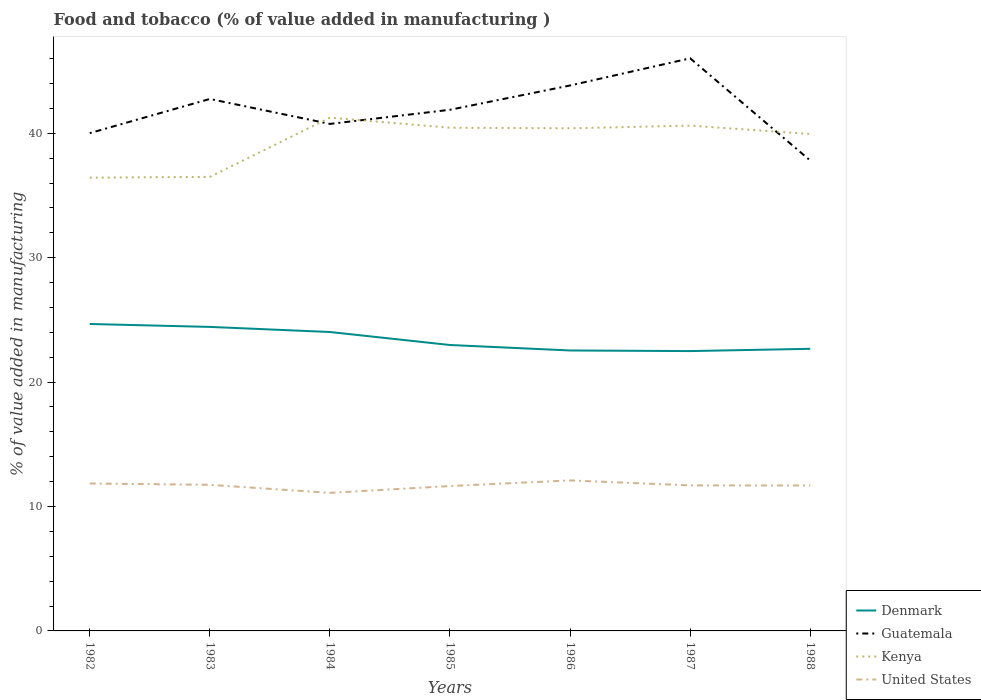
| Years | Denmark | Guatemala | Kenya | United States |
 | --- | --- | --- | --- | --- |
 | 1982 | 24.7 | 40 | 36.4 | 11.9 |
 | 1983 | 24.4 | 42.8 | 36.5 | 11.7 |
 | 1984 | 24 | 40.8 | 41.3 | 11.1 |
 | 1985 | 23 | 41.9 | 40.4 | 11.6 |
 | 1986 | 22.5 | 43.8 | 40.4 | 12.1 |
 | 1987 | 22.5 | 46 | 40.6 | 11.7 |
 | 1988 | 22.7 | 37.8 | 39.9 | 11.7 |